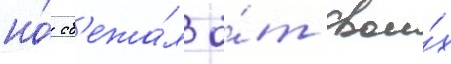
но́ сб'ежа́л о́т свои́х